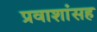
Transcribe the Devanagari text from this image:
प्रवाशांसह